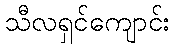
သီလရှင်ကျောင်း